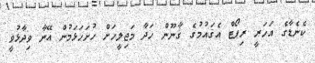
ކެނެޑާގެ އަހަރީ ރިޕޯޓް އެޤައުމުގެ ޤާނޫން ހަދާ މަޖިލީހަށް ހުށަހަޅަމުން އޭނާ ވިދާޅުވީ